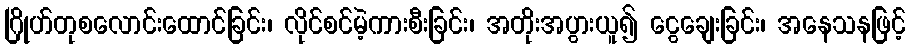
ဂြိုဟ်တုစလောင်းထောင်ခြင်း၊ လိုင်စင်မဲ့ကားစီးခြင်း၊ အတိုးအပွားယူ၍ ငွေချေးခြင်း၊ အနေသနဖြင့်